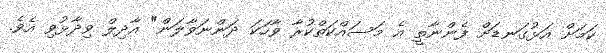
ކަމަށް އަޅުގަނޑަށް ފެންނާތީ އެ މަސައްކަތްކުރާ ވާހަކަ ދަންނަވާލަން" އާދިލް ވިދާޅުވި އެވެ.